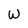
Character: W